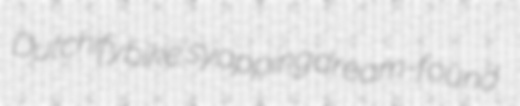
Dutchify bike's yapping dream-found